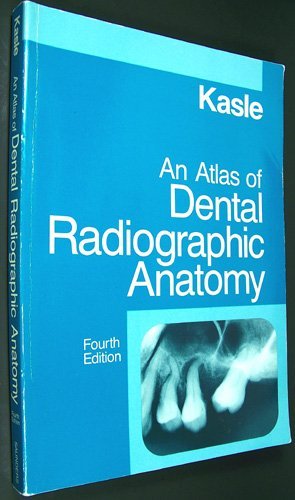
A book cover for Atlas of Dental Radiographic Anatomy; Myron J. Kasle DDS  MSD; Medical Books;